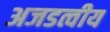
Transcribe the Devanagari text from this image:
अजडत्वीय